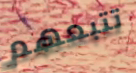
تتبعهم